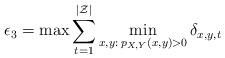
LaTeX: \begin{align*}\epsilon_3=\max \sum_{t=1}^{|\mathcal{Z}|}\min_{x,y:\: p_{X,Y}(x,y)>0}\delta_{x,y,t} \end{align*}